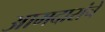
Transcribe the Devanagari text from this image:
आमदारांचे